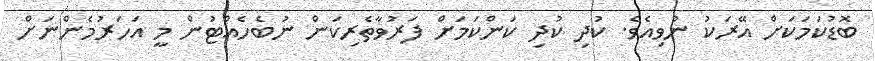
ބޮޑުކަމަކަށް އޭރަކު ނުވިއެވެ. ކުދި ކުދި ކަންކަމަށް ފަރުވާތެރިކަން ނުބެހެއްޓުން މީ އަހަރުމެންނަށް